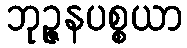
ဘုဉ္ဇနပစ္စယာ